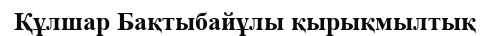
Құлшар Бақтыбайұлы қырықмылтық